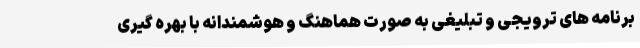
برنامه های ترویجی و تبلیغی به صورت هماهنگ و هوشمندانه با بهره گیری